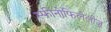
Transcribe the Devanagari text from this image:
स्फीनोफिलेलीज़